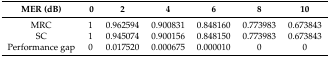
<table><thead><tr><td><b>MER (dB)</b></td><td><b>0</b></td><td><b>2</b></td><td><b>4</b></td><td><b>6</b></td><td><b>8</b></td><td><b>10</b></td></tr></thead><tbody><tr><td>MRC</td><td>1</td><td>0.962594</td><td>0.900831</td><td>0.848160</td><td>0.773983</td><td>0.673843</td></tr><tr><td>SC</td><td>1</td><td>0.945074</td><td>0.900156</td><td>0.848150</td><td>0.773983</td><td>0.673843</td></tr><tr><td>Performance gap</td><td>0</td><td>0.017520</td><td>0.000675</td><td>0.000010</td><td>0</td><td>0</td></tr></tbody></table>